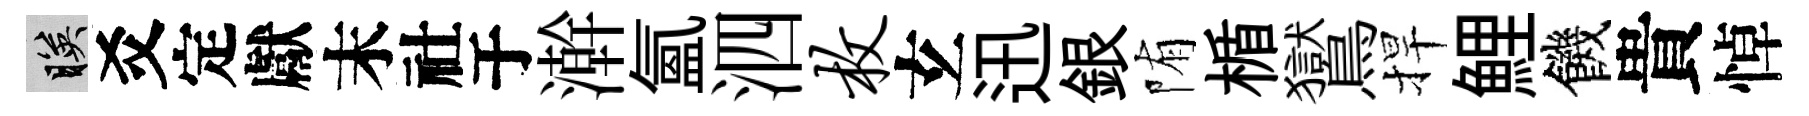
映爻定獻末社于澣氳泗枚𤣥迅銀陏楯鸑捍鯉饑貴悼